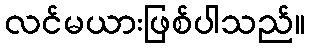
လင်မယားဖြစ်ပါသည်။